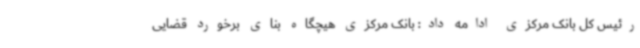
رئیس کل بانک مرکزی ادامه داد: بانک مرکزی هیچگاه بنای برخورد قضایی